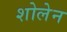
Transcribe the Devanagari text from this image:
शोलेन